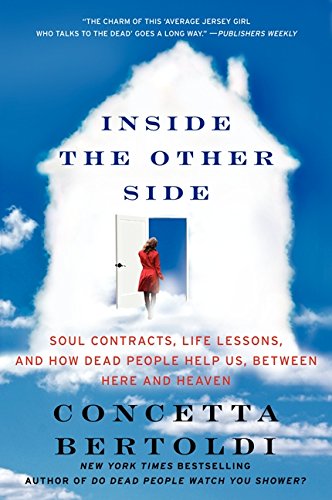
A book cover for Inside the Other Side: Soul Contracts, Life Lessons, and How Dead People Help Us, Between Here and Heaven; Concetta Bertoldi; Religion & Spirituality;